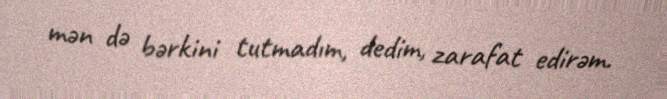
mən də bərkini tutmadım, dedim, zarafat edirəm.